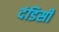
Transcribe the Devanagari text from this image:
दंडिसी